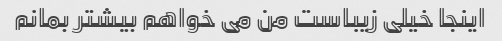
اینجا خیلی زیباست من می خواهم بیشتر بمانم